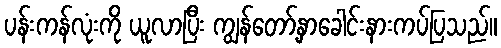
ပန်းကန်လုံးကို ယူလာပြီး ကျွန်တော့်နှာခေါင်းနားကပ်ပြသည်။